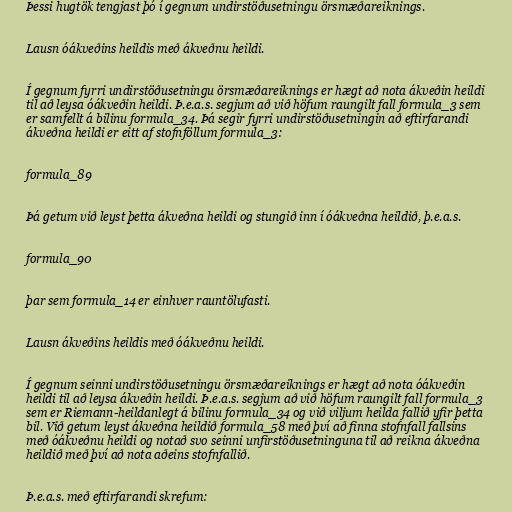
Þessi hugtök tengjast þó í gegnum undirstöðusetningu örsmæðareiknings.

Lausn óákveðins heildis með ákveðnu heildi.

Í gegnum fyrri undirstöðusetningu örsmæðareiknings er hægt að nota ákveðin heildi
til að leysa óákveðin heildi. Þ.e.a.s. segjum að við höfum raungilt fall formula_3 sem
er samfellt á bilinu formula_34. Þá segir fyrri undirstöðusetningin að eftirfarandi
ákveðna heildi er eitt af stofnföllum formula_3:

formula_89

Þá getum við leyst þetta ákveðna heildi og stungið inn í óákveðna heildið, þ.e.a.s.

formula_90

þar sem formula_14 er einhver rauntölufasti.

Lausn ákveðins heildis með óákveðnu heildi.

Í gegnum seinni undirstöðusetningu örsmæðareiknings er hægt að nota óákveðin
heildi til að leysa ákveðin heildi. Þ.e.a.s. segjum að við höfum raungilt fall formula_3
sem er Riemann-heildanlegt á bilinu formula_34 og við viljum heilda fallið yfir þetta
bil. Við getum leyst ákveðna heildið formula_58 með því að finna stofnfall fallsins
með óákveðnu heildi og notað svo seinni unfirstöðusetninguna til að reikna ákveðna
heildið með því að nota aðeins stofnfallið.

Þ.e.a.s. með eftirfarandi skrefum: